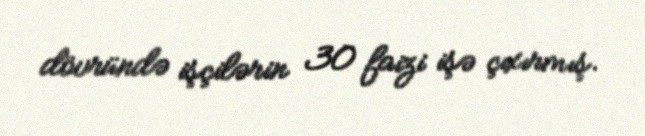
dövründə işçilərin 30 faizi işə çıxırmış.